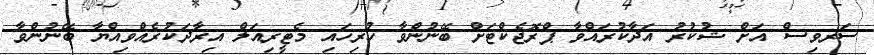
ސަރވިސް އަށް ޝުކުރު އަދާކުރައްވާ ޕްރޮޖެކްޓަށް ބޭނުންވާ ހުރިހައި މެޓީރިއަލް އިރާދަކުރެއްވިއްޔާ ބޭނުންވާ